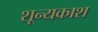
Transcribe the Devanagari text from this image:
शून्यकाश